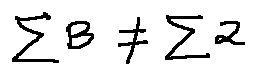
\sum B \neq \sum 2